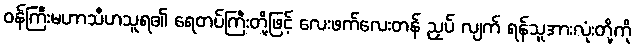
ဝန်ကြီးမဟာသီဟသူရ၏ ရေတပ်ကြီးတို့ဖြင့် လေးဖက်လေးတန် ညှပ် လျက် ရန်သူအားလုံးတို့ကို